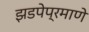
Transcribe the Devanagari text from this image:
झडपेप्रमाणे